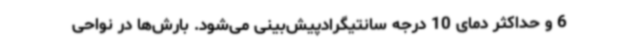
6 و حداکثر دمای 10 درجه سانتیگرادپیش‌بینی می‌شود. بارش‌ها در نواحی